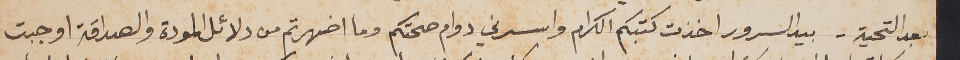
بعد التحية – بيد السرور اخذت كتبكم الكرام واسرني دوام صحتكم وما اضهرتم من دلائل المودة والصداقة اوجبت